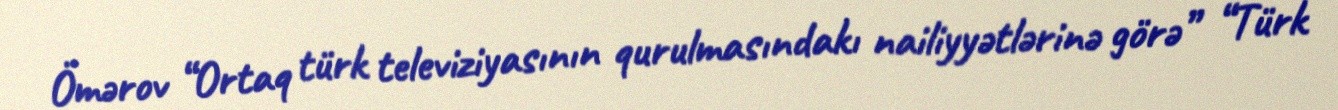
Ömərov “Ortaq türk televiziyasının qurulmasındakı nailiyyətlərinə görə” “Türk